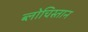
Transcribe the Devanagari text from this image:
ब्लोचिस्तान